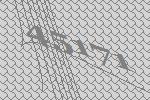
45171